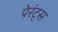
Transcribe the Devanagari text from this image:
पेरंट्स